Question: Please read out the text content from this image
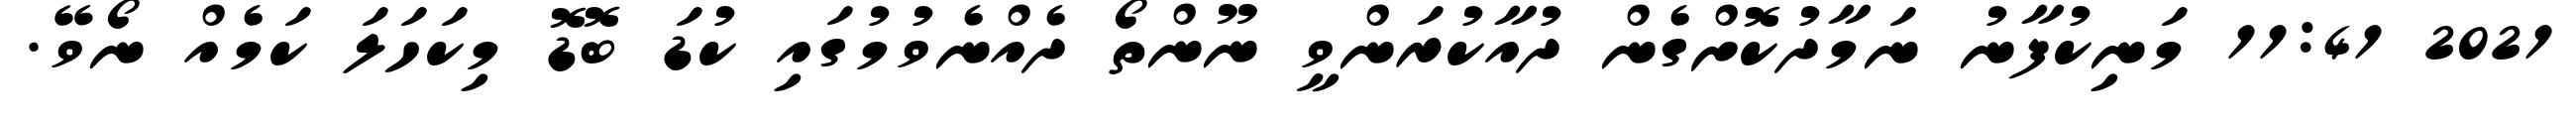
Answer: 2021 11:41 މަނިކުފާނު ނަމާދުކޮށްގެން ދުއާކުރަންވީ ނޫންތޯ ދެއްނެވުމުގައި ކުޑަ ބޮޑޮ މިކަހަލަ ކަމެއް ނޯވޭ.